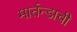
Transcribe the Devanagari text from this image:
मार्तन्डाची